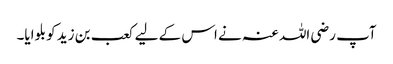
آپ رضی اللہ عنہ نے اس کے لیے کعب بن زید کو بلوایا۔